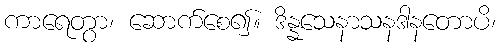
ကာရေတွာ၊ ဆောက်စေ၍။ ဒိန္နသေနာသနဒါနတောပိ၊